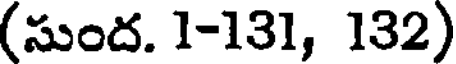
(సుంద. 1-131, 132)